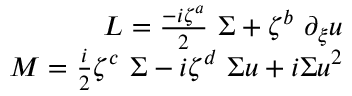
\begin{array} { r } { L = \frac { - i \zeta ^ { a } } { 2 } \ \Sigma + \zeta ^ { b } \ \partial _ { \xi } u } \\ { M = \frac { i } { 2 } \zeta ^ { c } \ \Sigma - { i } { \zeta ^ { d } } \ \Sigma u + i \Sigma u ^ { 2 } } \end{array}